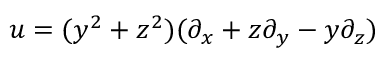
u = ( y ^ { 2 } + z ^ { 2 } ) ( \partial _ { x } + z \partial _ { y } - y \partial _ { z } )